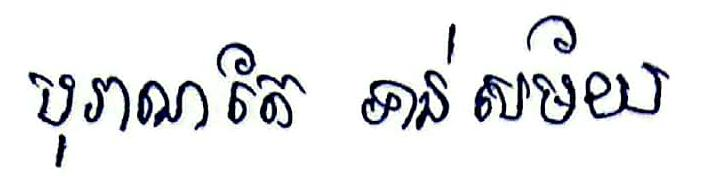
បុរាណតែ ទាន់ សម័យ